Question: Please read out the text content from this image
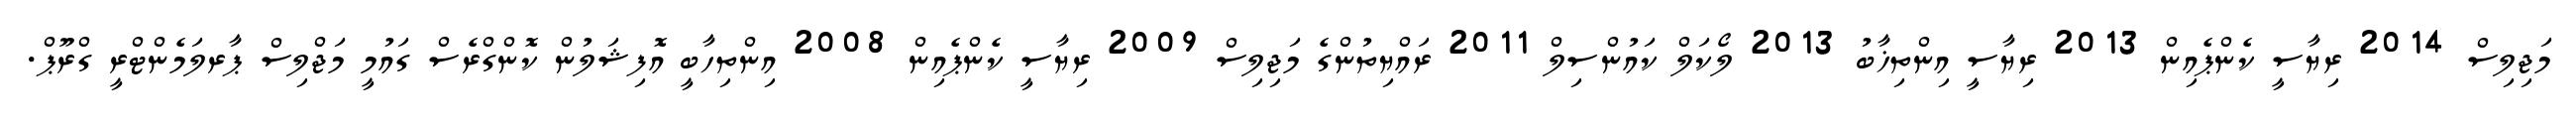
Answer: މަޖިލިސް 2014 ރިޔާސީ ކެންޕެއިން 2013 ރިޔާސީ އިންތިޚާބު 2013 ލޯކަލް ކައުންސިލް 2011 ރައްޔިތުންގެ މަޖިލިސް 2009 ރިޔާސީ ކެންޕެއިން 2008 އިންތިހާބީ އޮފިޝަލުން ކޮންގްރެސް ގައުމީ މަޖްލިސް ޕާރލަމެންޓްރީ ގްރޫޕް.